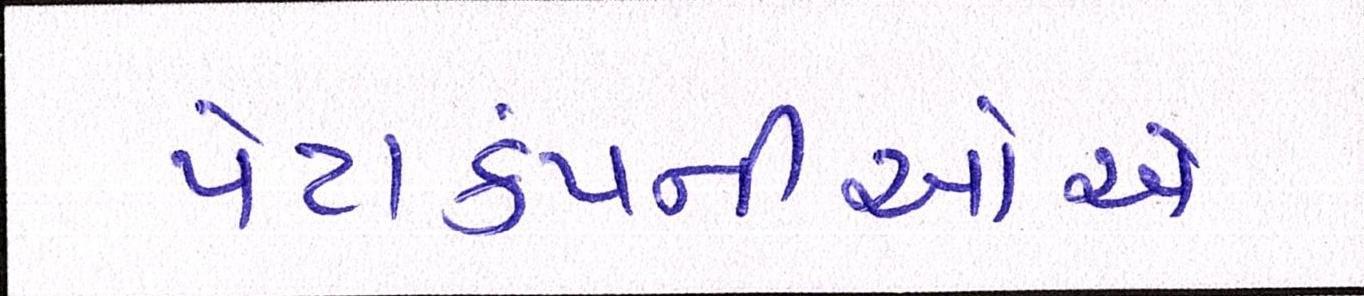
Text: પેટાકંપનીઓએ